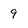
Character: 9